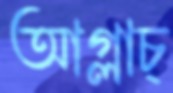
আগ্‌লাচ্